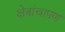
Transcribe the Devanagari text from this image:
क्षेत्रांचापण